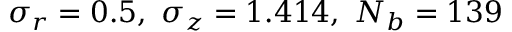
\sigma _ { r } = 0 . 5 , ~ \sigma _ { z } = 1 . 4 1 4 , ~ N _ { b } = 1 3 9